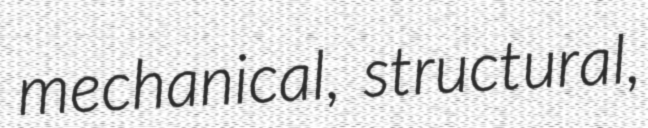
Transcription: mechanical, structural,